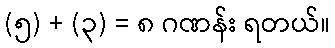
(၅) + (၃) = ၈ ဂဏန်း ရတယ်။